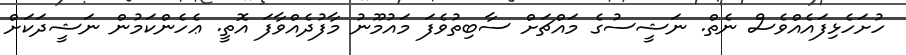
ހުށަހެޅިފައެއްވެސް ނެތް. ނަޝީސުގެ މައްޗަށް ސާބިތުވެފަ މައުމޫނު މާފުދެއްވާފަ އޮތީ. ޢެހެންކަމުން ނަޝީދަކަށް